Report on horse surra - Volume II, Part I
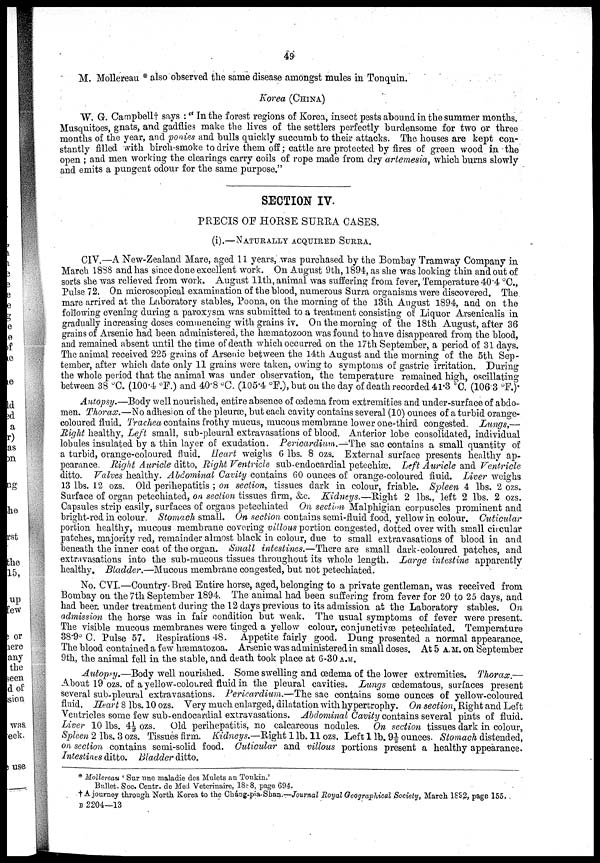
49
M. Mollereau * also observed the same disease amongst mules in Tonquin.
Korea (CHINA)
W. G. Campbell † says :" In the forest regions of Korea, insect pests abound in the summer months.
Musquitoes, gnats, and gadflies make the lives of the settlers perfectly burdensome for two or three
months of the year, and ponies and bulls quickly succumb to their attacks. The houses are kept con-
stantly filled with birch-smoke to drive them off ; cattle are protected by fires of green wood in the
open ; and men working the clearings carry coils of rope made from dry artemesia, which burns slowly
and emits a pungent odour for the same purpose."
SECTION IV.
PRECIS OF HORSE SURRA CASES.
(i).—NATURALLY ACQUIRED SURRA.
CIV.—A New-Zealand Mare, aged 11 years, was purchased by the Bombay Tramway Company in
March 1888 and has since done excellent work. On August 9th, 1894, as she was looking thin and out of
sorts she was relieved from work. August 11th, animal was suffering from fever, Temperature 40.4 °C.,
Pulse 72. On microscopical examination of the blood, numerous Surra organisms were discovered. The.
mare arrived at the Laboratory stables, Poona, on the morning of the 13th August 1894, and on the
following evening during a paroxysm was submitted to a treatment consisting of Liquor Arsenicalis in
gradually increasing doses commencing with grains iv. On the morning of the 18th August, after 36
grains of Arsenic had been administered, the hæmatozoon was found to have disappeared from the blood,
and remained absent until the time of death which occurred on the 17th September, a period of 31 days.
The animal received 225 grains of Arsenic between the 14th August and the morning of the 5th Sep-
tember, after which date only 11 grains were taken, owing to symptoms of gastric irritation. During
the whole period that the animal was under observation, the temperature remained high, oscillating
between 38 °C. (100.4 °F.) and 40.8 °C. (105.4 °F.), but on the day of death recorded 41.3 °C. (106.3 °F.)
Autopsy.—Body well nourished, entire absence of œdema from extremities and under-surface of abdo-
men. Thorax.—No adhesion of the pleuræ, but each cavity contains several (10) ounces of a turbid orange-
coloured fluid. Trachea contains frothy mucus, mucous membrane lower one-third congested. Lungs,—
Right healthy, Left small, sub-pleural extravasations of blood. Anterior lobe consolidated, individual
lobules insulated by a thin layer of exudation. Pericardium.—The sac contains a small quantity of
a turbid, orange-coloured fluid. Heart weighs 6 lbs. 8 ozs. External surface presents healthy ap-
pearance. Right Auricle ditto, Right Ventricle sub-endocardial petechiæ. Left Auricle and Ventricle
ditto. Valves healthy. Abdominal Cavity contains 60 ounces of orange-coloured fluid. Liver weighs
13 lbs. 12 ozs. Old perihepatitis ; on section, tissues dark in colour, friable. Spleen 4 lbs. 2 ozs.
Surface of organ petechiated, on section tissues firm, &c. Kidneys.—Right 2 lbs., left 2 lbs. 2 ozs.
Capsules strip easily, surfaces of organs petechiated On section Malphigian corpuscles prominent and
bright-red in colour. Stomach small. On section contains semi-fluid food, yellow in colour. Cuticular
portion healthy, mucous membrane covering villous portion congested, dotted over with small circular
patches, majority red, remainder almost black in colour, due to small extravasations of blood in and
beneath the inner coat of the organ. Small intestines.—There are small dark-coloured patches, and
extravasations into the sub-mucous tissues throughout its whole length. Large intestine apparently
healthy. Bladder.—Mucous membrane congested, but not petechiated.
No. CVI.—Country Bred Entire horse, aged, belonging to a private gentleman, was received from
Bombay on the 7th September 1894. The animal had been suffering from fever for 20 to 25 days, and
had been under treatment during the 12 days previous to its admission at the Laboratory stables. On
admission the horse was in fair condition but weak. The usual symptoms of fever were present.
The visible mucous membranes were tinged a yellow colour, conjunctivæ petechiated. Temperature
38.9° C. Pulse 57. Respirations 48. Appetite fairly good. Dung presented a normal appearance.
The blood contained a few hæmatozoa. Arsenic was administered in small doses. At 5 A.M. on September
9th, the animal fell in the stable, and death took place at 6-30 A.M.
Autopsy.—Body well nourished. Some swelling and œdema of the lower extremities. Thorax.—
About 19 ozs. of a yellow-coloured fluid in the pleural cavities. Lungs œdematous, surfaces present
several sub-pleural extravasations. Pericardium.—The sac contains some ounces of yellow-coloured
fluid. Heart 8 lbs. 10 ozs. Very much enlarged, dilatation with hypertrophy. On section, Right and Left
Ventricles some few sub-endocardial extravasations. Abdominal Cavity contains several pints of fluid.
Liver 10 lbs. 4½ ozs. Old perihepatitis, no calcareous nodules. On section tissues dark in colour,
Spleen 2 lbs. 3 ozs. Tissues firm. Kidneys.—Right 1 lb. 11 ozs. Left 1 lb. 9½ ounces. Stomach distended,
on section contains semi-solid food. Cuticular and villous portions present a healthy appearance.
Intestines ditto. Bladder ditto.
* Mollereau ' Sur une maladie des Mulets an Tonkin.'
Bullet. Soc. Centr. de Med Veterinaire, 1888, page 694.
† A journey through North Korea to the Cháng-pia-Shan.—Journal Royal Geographical Society, March 1892, page 155,
B 2204—13